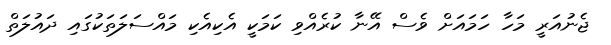
ޖެނުއަރީ މަހާ ހަމައަށް ވެސް އޭނާ ކުރެއްވި ކަމަކީ އެކިއެކި މައްސަލަތަކުގައި ދައުލަތް